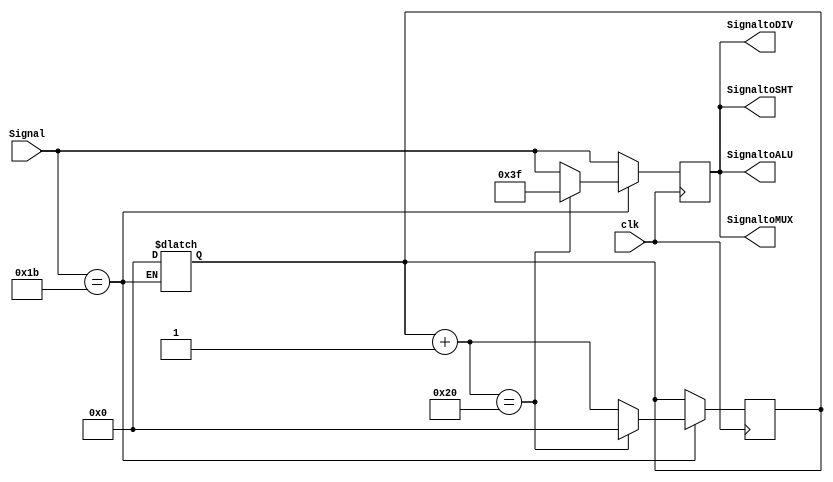
`timescale 1ns/1ns
module ALUControl( SignaltoALU, SignaltoMUX, SignaltoDIV, SignaltoSHT, Signal, clk ) ;
	
	input clk ;
	input [5:0] Signal ;
	output [5:0] SignaltoALU ;
	output [5:0] SignaltoSHT ;
	output [5:0] SignaltoDIV ;
	output [5:0] SignaltoMUX ;

	parameter AND = 6'b100100 ;  // AND  : 36
	parameter OR = 6'b100101 ;   // OR   : 37
	parameter ADD = 6'b100000 ;  // ADD  : 37
	parameter SUB = 6'b100010 ;  // SUB  : 34
	parameter SLT = 6'b101010 ;  // SLT  : 42
	
	parameter SLL = 6'b000000 ;  // SLL  : 0
	
	parameter DIVU = 6'b011011 ; // DIVU : 27
	parameter MFHI= 6'b010000;
	parameter MFLO= 6'b010010;
	
	reg [5:0] temp ;
	reg [6:0] counter ;

	always@( Signal )
	begin
	  if ( Signal == DIVU )
	  begin
		counter = 0 ;
	  end
	/*
	 counter0
	*/
	end

	always@( posedge clk )
	begin
	  temp = Signal ;
	  if ( Signal == DIVU )
	  begin
		counter = counter + 1 ;
		if ( counter == 32 )
		begin
		  temp = 6'b111111 ; // Open HiLo reg for Div
		  counter = 0 ;
		  
		end
	  end
	/*
	32clkHiLo
	*/
	end

	assign SignaltoALU = temp ;
	assign SignaltoSHT = temp ;
	assign SignaltoDIV = temp ;
	assign SignaltoMUX = temp ;

endmodule